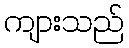
ကျားသည်